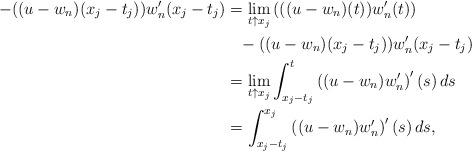
\begin{align*}- ((u-w_n)(x_j - t_j)) w_n'(x_j - t_j)& = \lim_{t \uparrow x_j }\left( ((u-w_n)(t)) w_n'(t)\right) \\& \phantom{=} {}- ((u-w_n)(x_j - t_j)) w_n'(x_j - t_j) \\&=\lim_{t \uparrow x_j } \int_{x_j - t_j}^t \left((u-w_n) w_n'\right)'(s) \, ds\\& = \int_{x_j - t_j}^{x_j}\left((u-w_n) w_n'\right)'(s) \, ds,\end{align*}